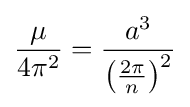
{\frac {\mu }{4\pi ^{2}}}={\frac {a^{3}}{\left({\frac {2\pi }{n}}\right)^{2}}}